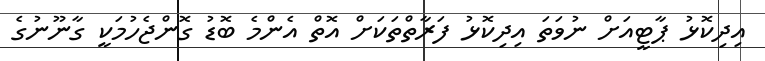
އިދިކޮޅު ޕާޓީއަށް ނުވަތަ އިދިކޮޅު ފަރާތްތަކަށް އޮތް އެންމެ ބޮޑު ގޮންޖެހުމަކީ ގާނޫނުގެ